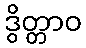
ဒွိတ္တာဝ